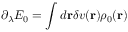
\partial _ { \lambda } E _ { 0 } = \int d { \bf r } \delta v ( { \bf r } ) \rho _ { 0 } ( { \bf r } )